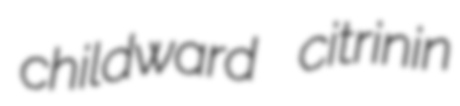
childward citrinin